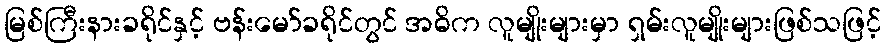
မြစ်ကြီးနားခရိုင်နှင့် ဗန်းမော်ခရိုင်တွင် အဓိက လူမျိုးများမှာ ရှမ်းလူမျိုးများဖြစ်သဖြင့်